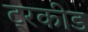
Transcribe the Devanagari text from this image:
ट्रकीड